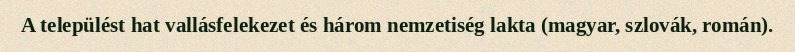
A települést hat vallásfelekezet és három nemzetiség lakta (magyar, szlovák, román).